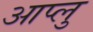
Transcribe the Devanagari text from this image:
आप्लु